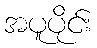
အပူပိုင်း